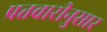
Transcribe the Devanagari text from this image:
प्रतवारीनुसार